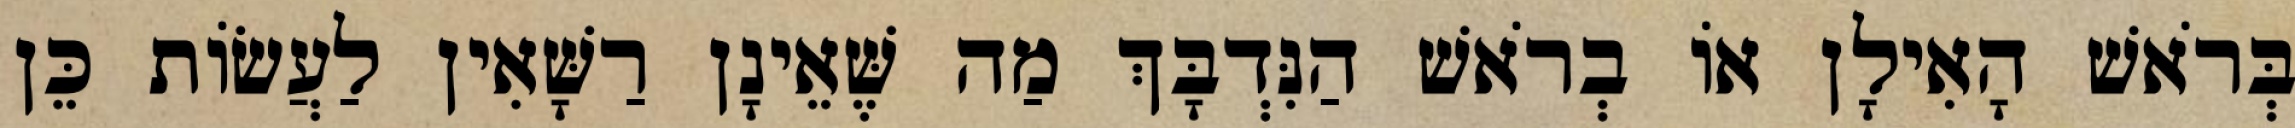
בְּרֹאשׁ הָאִילָן אוֹ בְרֹאשׁ הַנִּדְבָּךְ מַה שֶּׁאֵינָן רַשָּׁאִין לַעֲשׂוֹת כֵּן